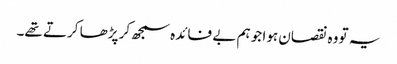
یہ تو وہ نقصان ہوا جو ہم بے فائدہ سمجھ کر پڑھا کرتے تھے۔